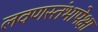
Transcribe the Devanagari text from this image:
लवणस्तंभापेक्षा